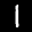
Label: 1